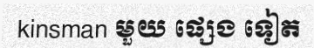
kinsman មួយ ផ្សេង ទៀត